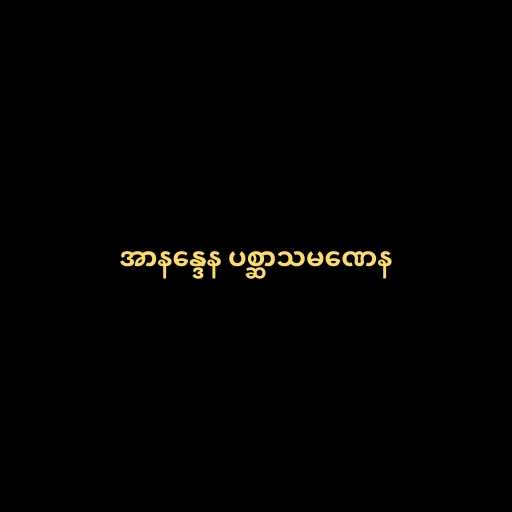
အာနန္ဒေန ပစ္ဆာသမဏေန